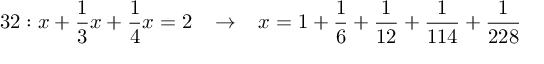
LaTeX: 3 2 : x + { \frac { 1 } { 3 } } x + { \frac { 1 } { 4 } } x = 2 \; \; \; \rightarrow \; \; \; x = 1 + { \frac { 1 } { 6 } } + { \frac { 1 } { 1 2 } } + { \frac { 1 } { 1 1 4 } } + { \frac { 1 } { 2 2 8 } }